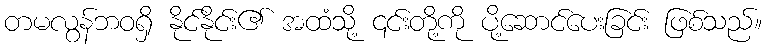
တမလွန်ဘဝရှိ နိုင်နိုင်း၏ အထံသို့ ၎င်းတို့ကို ပို့ဆောင်ပေးခြင်း ဖြစ်သည်။